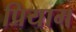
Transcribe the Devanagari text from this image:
प्रियाम